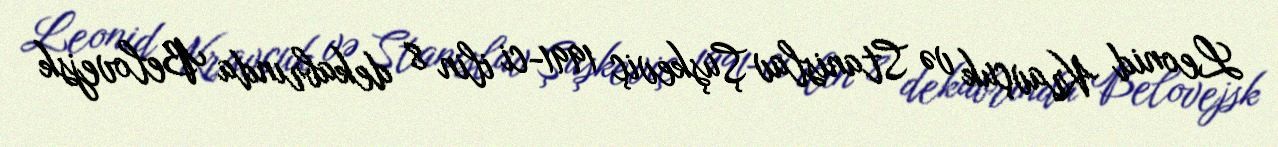
Leonid Kravçuk və Stanislav Şuşkeviç 1991-ci ilin 8 dekabrında Belovejsk